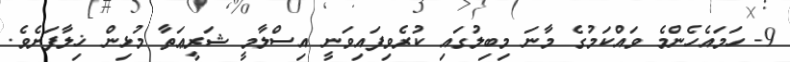
9- ހަމައެހެންމެ ވައްކަމުގެ މާނަ މިބިލުގައި ކުރެވިފައިވަނީ އިސްލާމީ ޝަރީޢަތާ މުޅިން ޚިލާފަށެވެ.